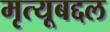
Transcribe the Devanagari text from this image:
मृत्यूबद्दल